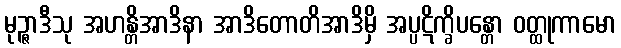
မုဉ္ဇာဒီသု အဟန္တိအာဒိနာ အာဒိတောတိအာဒိမှိ အပ္ပဋိက္ခိပန္တော ဝတ္ထုကာမော